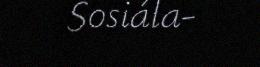
Sosiála-